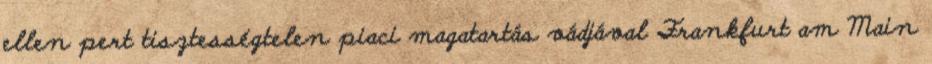
ellen pert tisztességtelen piaci magatartás vádjával Frankfurt am Main